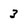
Character: 3